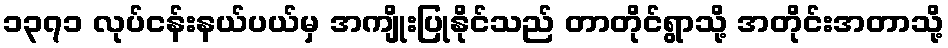
၁၃၇၁ လုပ်ငန်းနယ်ပယ်မှ အကျိုးပြုနိုင်သည် တာတိုင်ရွာသို့ အတိုင်းအတာသို့